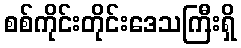
စစ်ကိုင်းတိုင်းဒေသကြီးရှိ